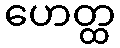
ဟေတ္ထ